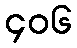
၄၀၆